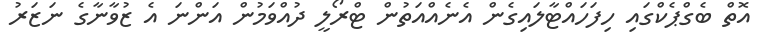
އޮތް ބެގްޕެކްގައި ހިފަހައްޓާލައިގެން އެނެއްއަތުން ޓްރޯލީ ދުއްވަމުން އަންނަ އެ ޒުވާނާގެ ނަޒަރު